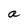
Character: a